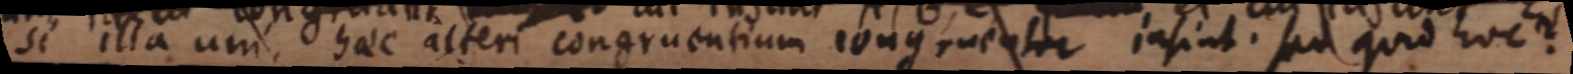
si illa uni. haec alteri congruentium congruenter in fiat. sed quid hoc?